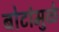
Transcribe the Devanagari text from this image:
बोटांमुळे